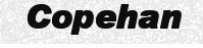
Copehan